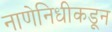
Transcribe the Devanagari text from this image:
नाणेनिधीकडून